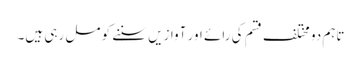
تاہم دو مختلف قسم کی رائے اور آوازیں سننے کو مل رہی ہیں۔